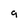
Character: 9